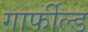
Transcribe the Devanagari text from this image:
गार्फील्ड